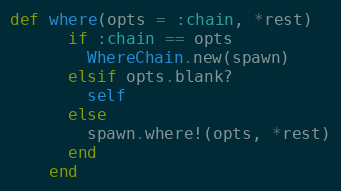
Language: Ruby
def where(opts = :chain, *rest)
      if :chain == opts
        WhereChain.new(spawn)
      elsif opts.blank?
        self
      else
        spawn.where!(opts, *rest)
      end
    end